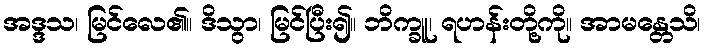
အဒ္ဒသ၊ မြင်လေ၏။ ဒိသွာ၊ မြင်ပြီး၍။ ဘိက္ခူ၊ ရဟန်းတို့ကို။ အာမန္တေသိ၊